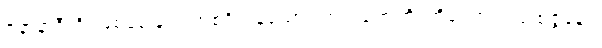
ဇနာနာဒီဟိ၊ ဖြစ်စေခြင်း အစရှိကုန်သော။ ကာရဏေဟိ၊ တို့ကြောင့်။ ပုထုဇ္ဇနော၊